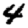
Digit: 4